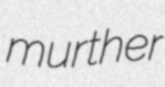
murther